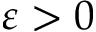
\varepsilon > 0